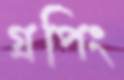
গ্রপিং